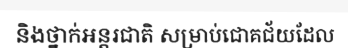
និងថ្នាក់អន្តរជាតិ សម្រាប់ជោគជ័យដែល